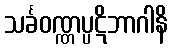
သင်္ခဝဏ္ဏပ္ပဋိဘာဂါနိ